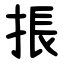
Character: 掁